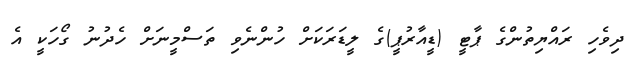
ދިވެހި ރައްޔިތުންގެ ޕާޓީ (ޑީއާރުޕީ)ގެ ލީޑަރަކަށް ހުންނެވި ތަސްމީނަށް ހެދުނު ގޯހަކީ އެ